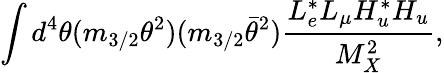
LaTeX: \int d^{4}\theta(m_{3/2}\theta^{2})(m_{3/2}\bar{\theta}^{2})\frac{L_{e}^{*}L_{\mu}H_{u}^{*}H_{u}}{M_{X}^{2}},